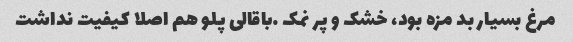
مرغ بسیار بد مزه بود، خشک و پر نمک …باقالی پلو هم اصلا کیفیت نداشت